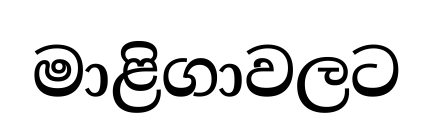
මාළිගාවලට